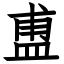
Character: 盙